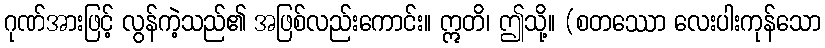
ဂုဏ်အားဖြင့် လွန်ကဲ့သည်၏ အဖြစ်လည်းကောင်း။ ဣတိ၊ ဤသို့။ (စတဿော လေးပါးကုန်သော